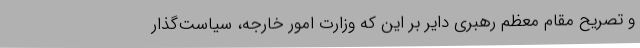
و تصریح مقام معظم رهبری دایر بر این که وزارت امور خارجه، سیاست‌گذار